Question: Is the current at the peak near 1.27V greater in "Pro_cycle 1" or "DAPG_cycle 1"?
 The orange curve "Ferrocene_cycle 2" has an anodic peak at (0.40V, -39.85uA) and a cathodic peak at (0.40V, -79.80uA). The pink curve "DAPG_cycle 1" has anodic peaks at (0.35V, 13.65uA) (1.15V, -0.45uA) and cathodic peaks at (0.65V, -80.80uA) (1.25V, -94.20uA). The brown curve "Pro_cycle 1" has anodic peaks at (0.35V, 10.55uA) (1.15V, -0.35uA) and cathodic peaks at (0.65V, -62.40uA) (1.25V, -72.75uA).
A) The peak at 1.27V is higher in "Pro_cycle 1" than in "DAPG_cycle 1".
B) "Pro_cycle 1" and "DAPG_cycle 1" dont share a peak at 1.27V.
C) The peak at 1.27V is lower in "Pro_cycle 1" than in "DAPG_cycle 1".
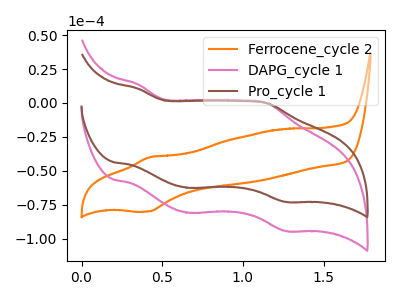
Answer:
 <answer>C) The peak at 1.27V is lower in "Pro_cycle 1" than in "DAPG_cycle 1".</answer>
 <eval>C</eval>